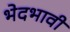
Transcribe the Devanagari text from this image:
भेदभावी